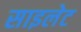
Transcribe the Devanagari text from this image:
साइलेट